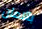
بالامان